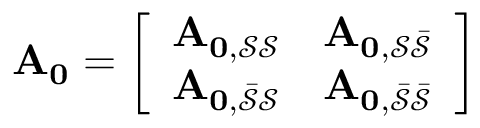
\mathbf { A _ { 0 } } = \left[ \begin{array} { l l } { \mathbf { A _ { 0 , \mathcal { S } \mathcal { S } } } } & { \mathbf { A _ { 0 , \mathcal { S } \mathcal { \bar { S } } } } } \\ { \mathbf { A _ { 0 , \mathcal { \bar { S } } \mathcal { S } } } } & { \mathbf { A _ { 0 , \mathcal { \bar { S } } \mathcal { \bar { S } } } } } \end{array} \right]